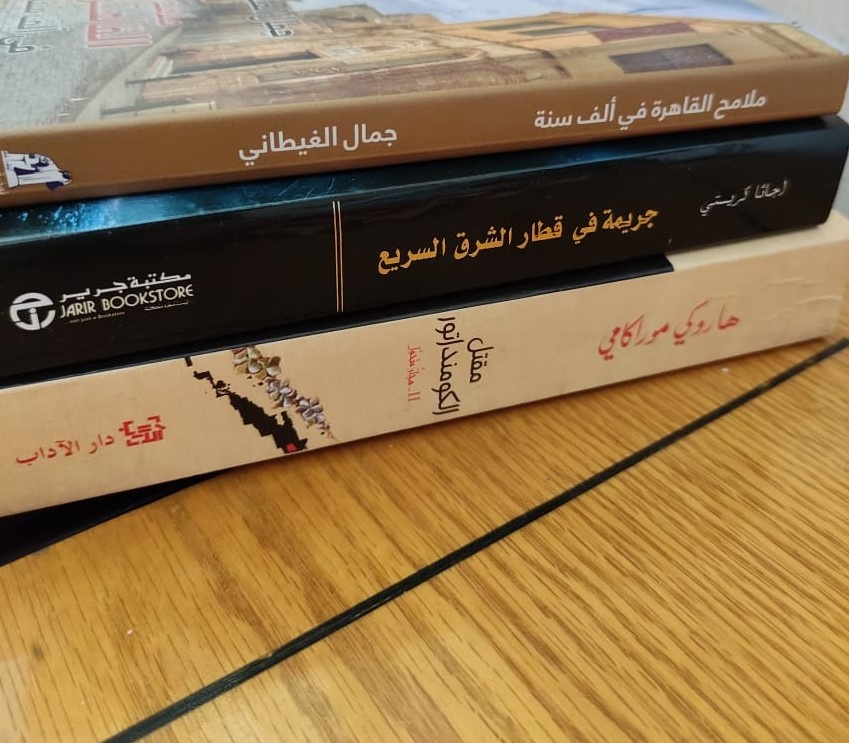
Text in image: ملامح القاهرة ألف في سنة جمال الغيطاني اجاثا كريستي جريمة في قطار الشرق السريع مكتبة جرير هاروكي موراكامي مقتل الكومنداتور دار الآداب BOOKSTORE JARIR